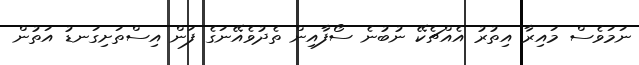
ނަމަވެސް މައިރާ އިތުރު އެއްޗެކޭ ނުބުނެ ސޯފާއިން ތެދުވެއޭނަގެ ފަން އިސްތަށިގަނޑު އަތުން